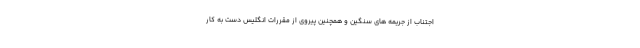
اجتناب از جریمه های سنگین و همچنین پیروی از مقررات انگلیس دست به کار